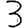
Digit: 3